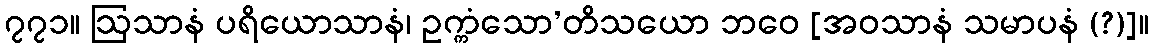
၇၇၁။ ဩသာနံ ပရိယောသာနံ၊ ဥက္ကံသော’တိသယော ဘဝေ [အဝသာနံ သမာပနံ (?)]။